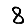
Digit: 8